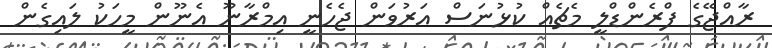
ރާއްޖޭގެ ފްރެންޑްލީ މެޗެއް ކުޅުނަސް އަރުވަން ޖެހެނީ އިމްރާނޫ އެނޫން މީހަކު ލައިގެން